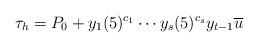
LaTeX: \begin{align*}\tau_h=P_0+y_1(5)^{c_1}\cdots y_s(5)^{c_s}y_{t-1}\overline u\end{align*}